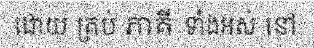
ដោយ គ្រប់ ភាគី ទាំងអស់ នៅ